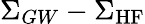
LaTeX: \Sigma_{GW}-\Sigma_{\mathrm{HF}}